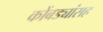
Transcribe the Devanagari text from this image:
कोंबड्यांसह